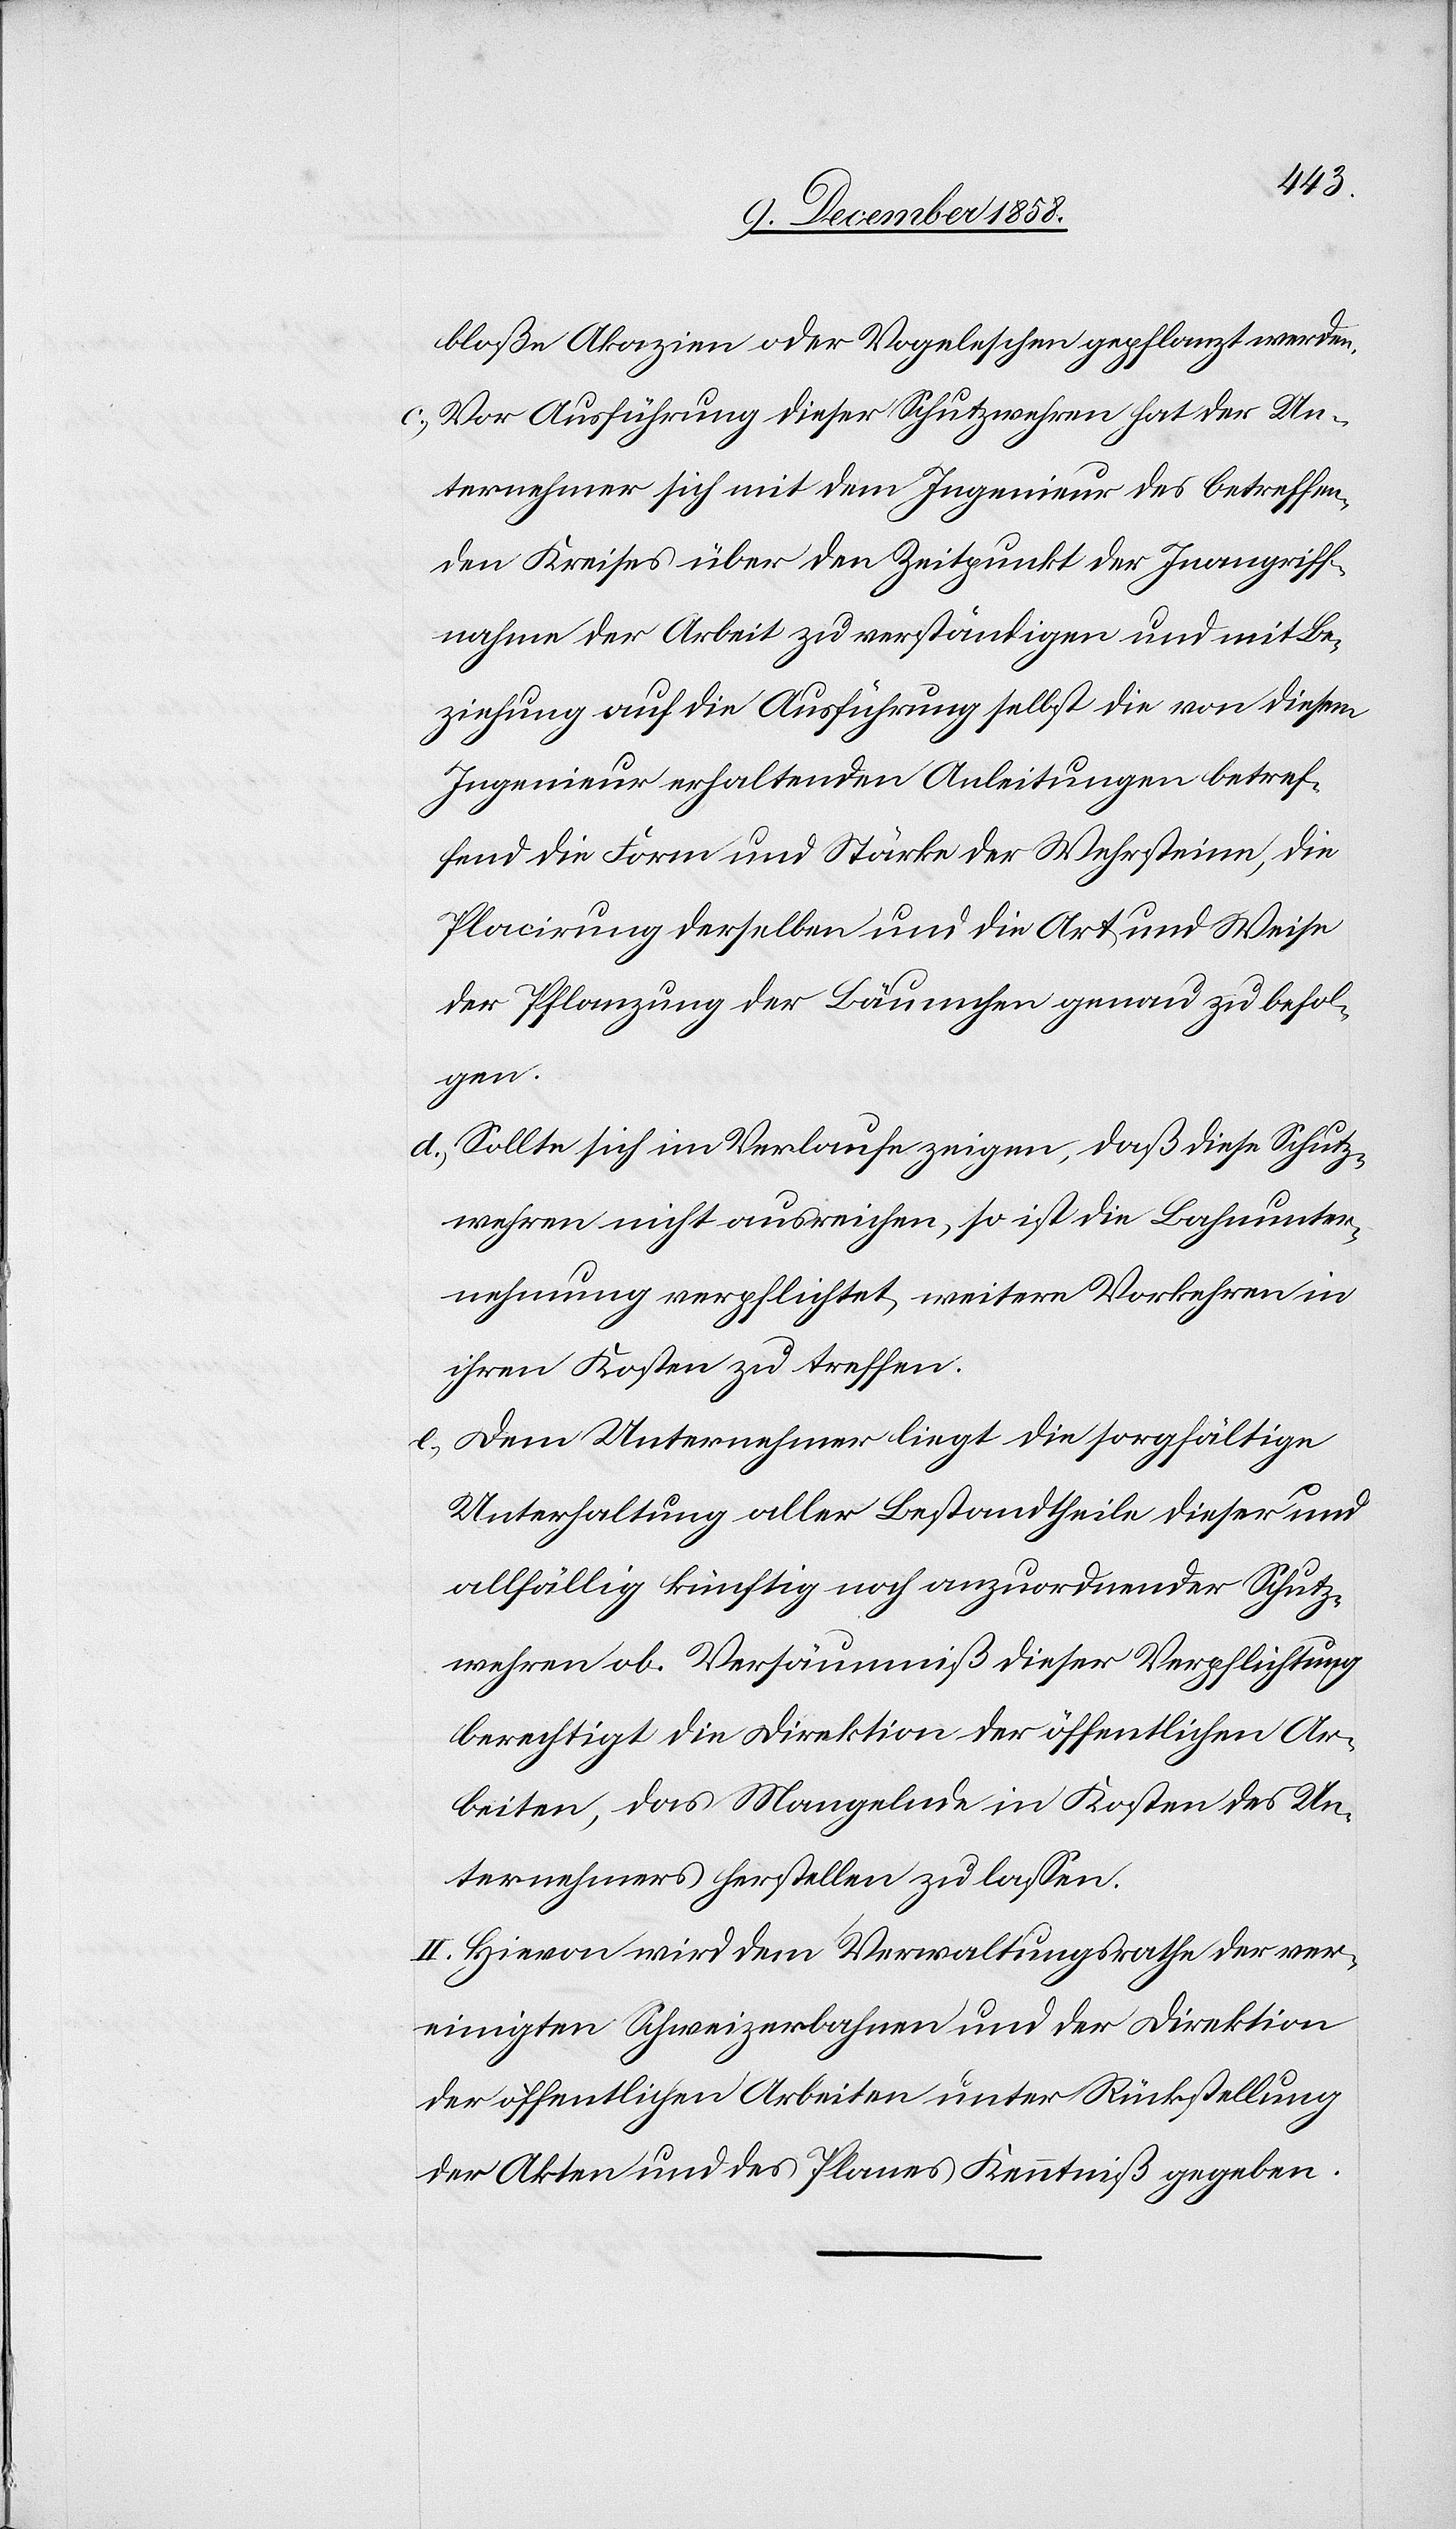
bloße Akazien oder Vogeleschen gepflanzt werden.
Vor Ausführung dieser Schutzwehren hat der Un¬
ternehmer sich mit dem Ingenieur des betreffen¬
den Kreises über den Zeitpunkt der Inangriff¬
nahme der Arbeit zu verständigen und mit Be¬
ziehung auf die Ausführung selbst die von diesem
Ingenieur erhaltenden Anleitungen betref¬
fend die Form und Stärke der Wehrsteine, die
Placirung derselben und die Art und Weise
der Pflanzung der Bäumchen genau zu befol¬
gen.
Sollte sich im Verlaufe zeigen, daß diese Schutz¬
wehren nicht ausreichen, so ist die Bahnunter¬
nehmung verpflichtet, weitere Vorkehren in
ihren Kosten zu treffen.
Dem Unternehmer liegt die sorgfältige
Unterhaltung aller Bestandtheile dieser und
allfällig künftig noch anzuordnender Schutz¬
wehren ob. Versäumniß dieser Verpflichtung
berechtigt die Direktion der öffentlichen Ar¬
beiten, das Mangelnde in Kosten des Un¬
ternehmers herstellen zu lassen.
II. Hievon wird dem Verwaltungsrathe der ver¬
einigten Schweizerbahnen und der Direktion
der öffentlichen Arbeiten unter Rückstellung
der Akten und des Planes Kenntniß gegeben.